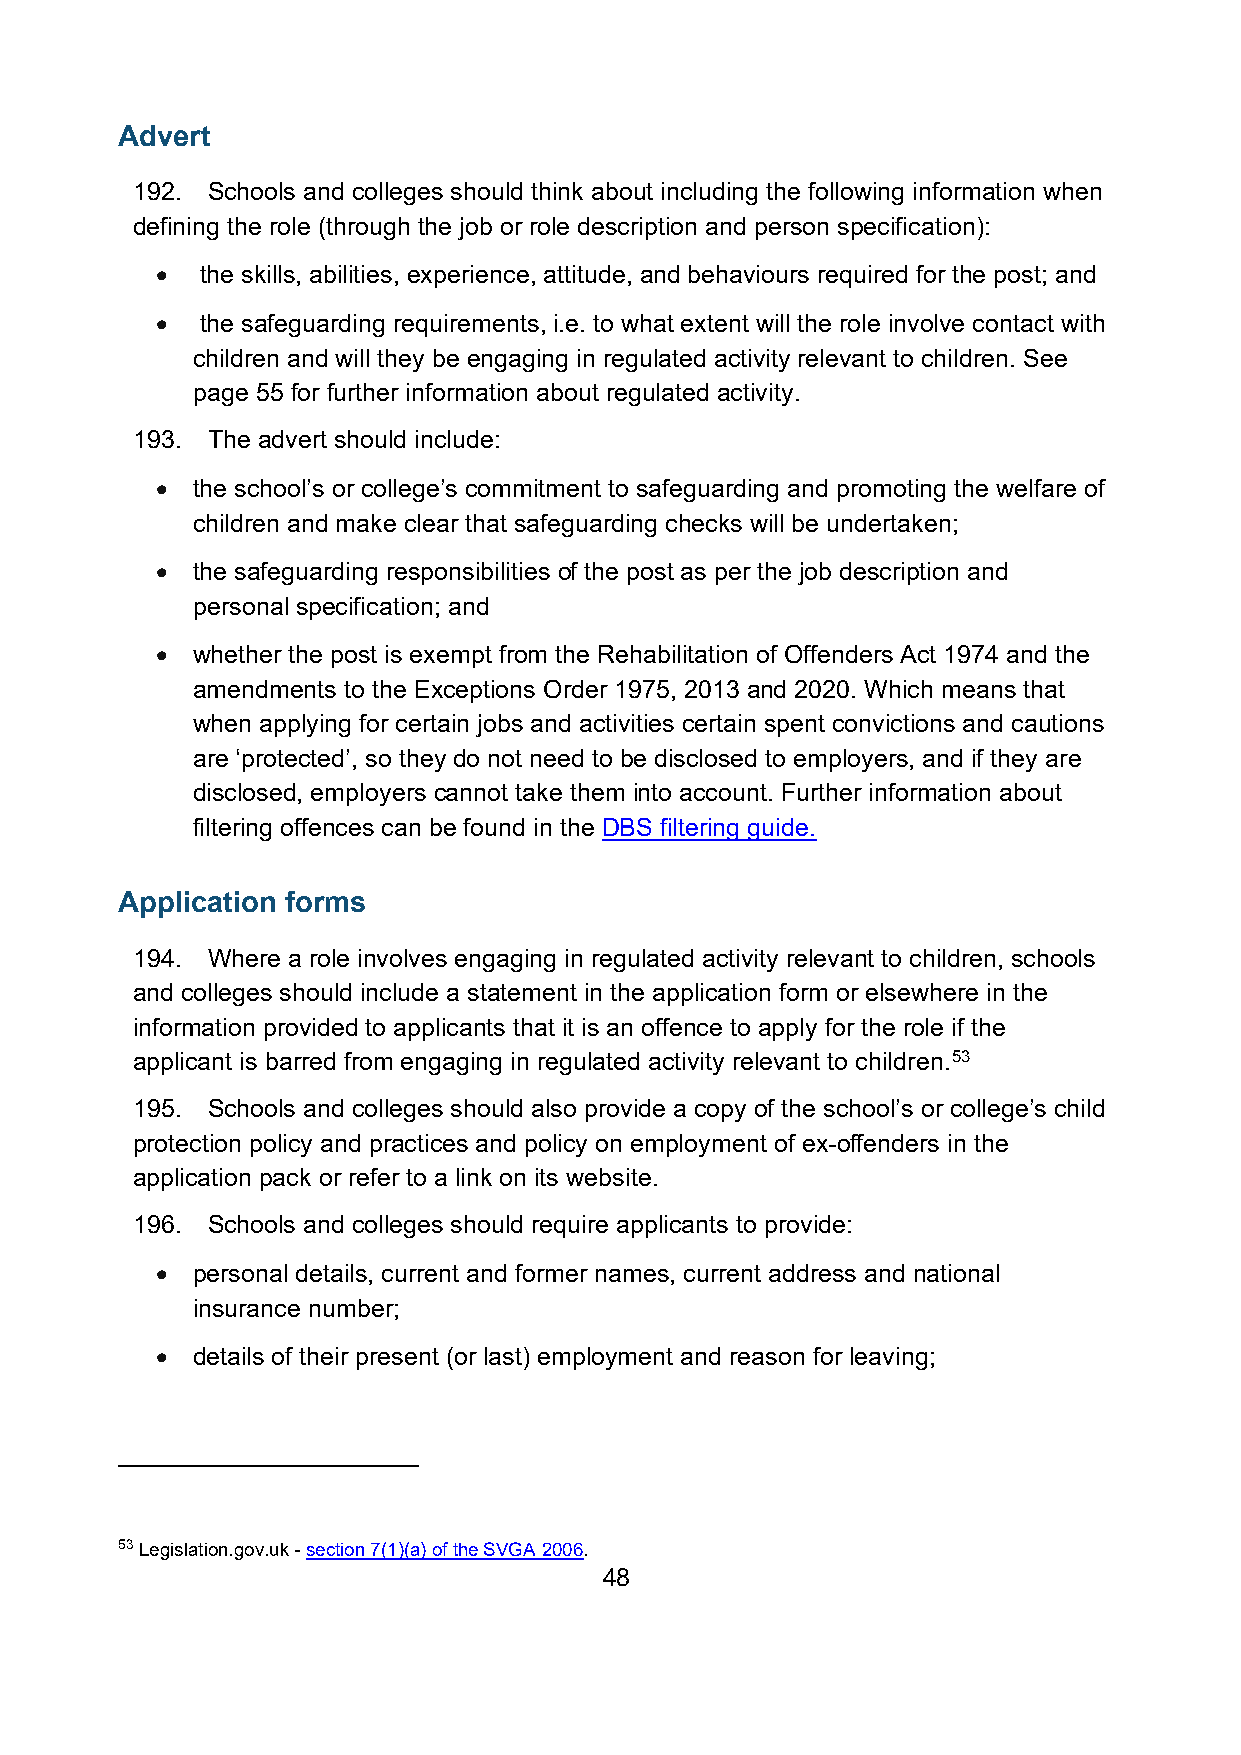
Advert
 192. Schools and colleges should think about including the following information when
 defining the role (through the job or role description and person specification):
 •  the skills, abilities, experience, attitude, and behaviours required for the post; and
 •  the safeguarding requirements, i.e. to what extent will the role involve contact with
 children and will they be engaging in regulated activity relevant to children. See
 page 55 for further information about regulated activity.
 193. The advert should include:
 •  the school’s or college’s commitment to safeguarding and promoting the welfare of
 children and make clear that safeguarding checks will be undertaken;
 •  the safeguarding responsibilities of the post as per the job description and
 personal specification; and
 •  whether the post is exempt from the Rehabilitation of Offenders Act 1974 and the
 amendments to the Exceptions Order 1975, 2013 and 2020. Which means that
 when applying for certain jobs and activities certain spent convictions and cautions
 are ‘protected’, so they do not need to be disclosed to employers, and if they are
 disclosed, employers cannot take them into account. Further information about
 filtering offences can be found in the DBS filtering guide.
 Application forms
 194. Where a role involves engaging in regulated activity relevant to children, schools
 and colleges should include a statement in the application form or elsewhere in the
 information provided to applicants that it is an offence to apply for the role if the
 applicant is barred from engaging in regulated activity relevant to children.53
 195. Schools and colleges should also provide a copy of the school’s or college’s child
 protection policy and practices and policy on employment of ex-offenders in the
 application pack or refer to a link on its website.
 196. Schools and colleges should require applicants to provide:
 •  personal details, current and former names, current address and national
 insurance number;
 •  details of their present (or last) employment and reason for leaving;
 53 Legislation.gov.uk - section 7(1)(a) of the SVGA 2006.
 48